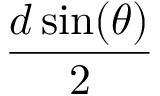
\frac { d \sin ( \theta ) } { 2 }